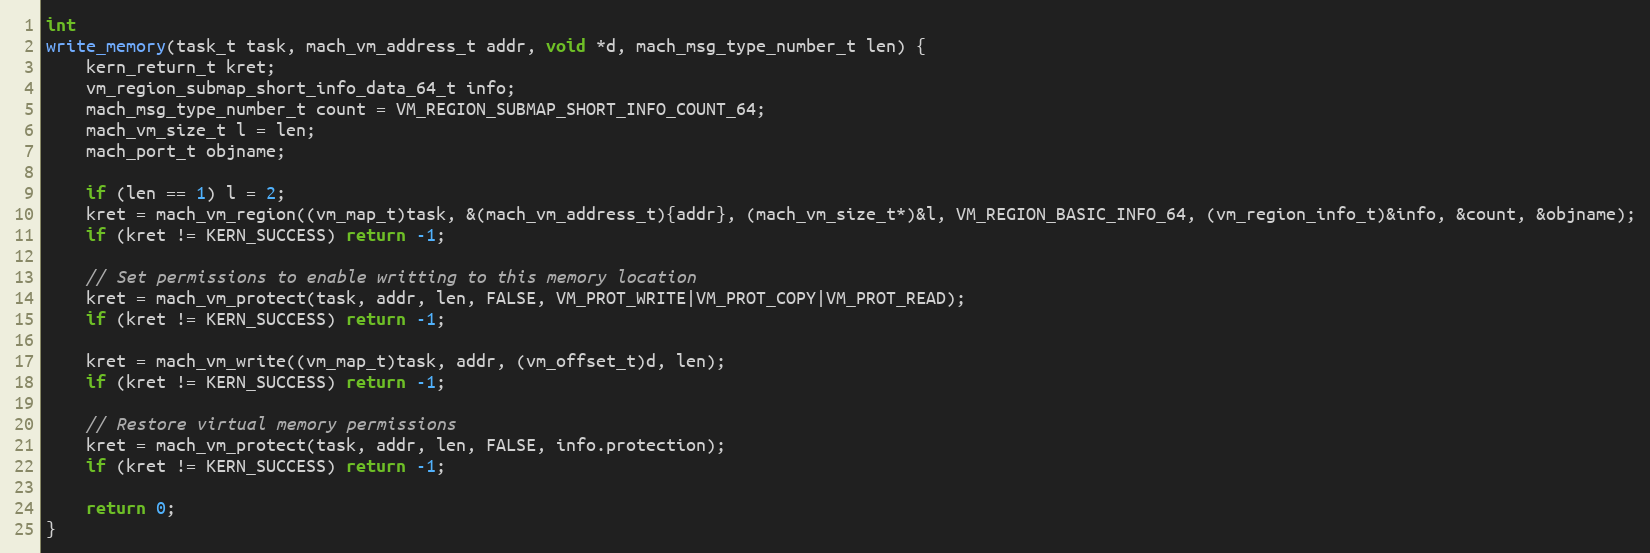
Language: C
int
write_memory(task_t task, mach_vm_address_t addr, void *d, mach_msg_type_number_t len) {
	kern_return_t kret;
	vm_region_submap_short_info_data_64_t info;
	mach_msg_type_number_t count = VM_REGION_SUBMAP_SHORT_INFO_COUNT_64;
	mach_vm_size_t l = len;
	mach_port_t objname;

	if (len == 1) l = 2;
	kret = mach_vm_region((vm_map_t)task, &(mach_vm_address_t){addr}, (mach_vm_size_t*)&l, VM_REGION_BASIC_INFO_64, (vm_region_info_t)&info, &count, &objname);
	if (kret != KERN_SUCCESS) return -1;

	// Set permissions to enable writting to this memory location
	kret = mach_vm_protect(task, addr, len, FALSE, VM_PROT_WRITE|VM_PROT_COPY|VM_PROT_READ);
	if (kret != KERN_SUCCESS) return -1;

	kret = mach_vm_write((vm_map_t)task, addr, (vm_offset_t)d, len);
	if (kret != KERN_SUCCESS) return -1;

	// Restore virtual memory permissions
	kret = mach_vm_protect(task, addr, len, FALSE, info.protection);
	if (kret != KERN_SUCCESS) return -1;

	return 0;
}